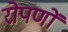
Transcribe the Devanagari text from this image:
रोपणों